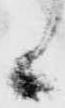
候